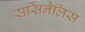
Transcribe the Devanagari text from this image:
सर्सिनैलिस